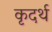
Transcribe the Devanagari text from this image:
कृदर्थ